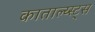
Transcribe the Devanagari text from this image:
काताल्य्स्ट्स